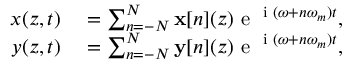
\begin{array} { r l } { x ( z , t ) } & { { } = \sum _ { n = - N } ^ { N } \mathbf { x } [ n ] ( z ) \textrm { e } ^ { \textrm { i } ( \omega + n \omega _ { m } ) t } , } \\ { y ( z , t ) } & { { } = \sum _ { n = - N } ^ { N } \mathbf { y } [ n ] ( z ) \textrm { e } ^ { \textrm { i } ( \omega + n \omega _ { m } ) t } , } \end{array}